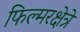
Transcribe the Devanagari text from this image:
फिल्मरक्षेत्रे